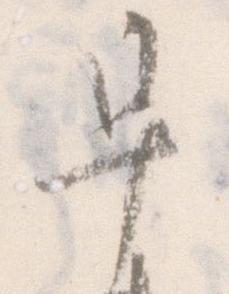
早